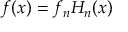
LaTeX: f ( x ) = f _ { n } H _ { n } ( x )